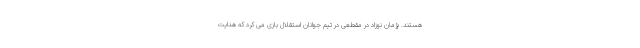
هستند. پژمان نوزاد در مقطعی در تیم جوانان استقلال بازی می کرد که هدایت